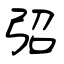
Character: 弨